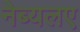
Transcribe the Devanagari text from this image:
नेब्यलए